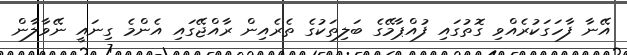
އޭނާ ފާހަގަކުރެއްވި ގޮތުގައި ފުއްޕާމޭގެ ބަލިތަކުގެ ތެރެއިން ރާއްޖޭގައި އެންމެ ގިނައީ ނޭވާލާން